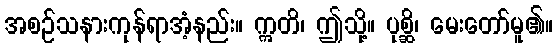
အစဉ်သနားကုန်ရာအံ့နည်း။ ဣတိ၊ ဤသို့။ ပုစ္ဆိ၊ မေးတော်မူ၏။